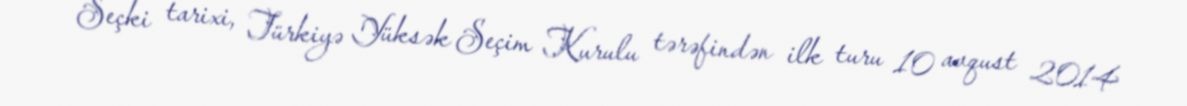
Seçki tarixi, Türkiyə Yüksək Seçim Kurulu tərəfindən ilk turu 10 avqust 2014